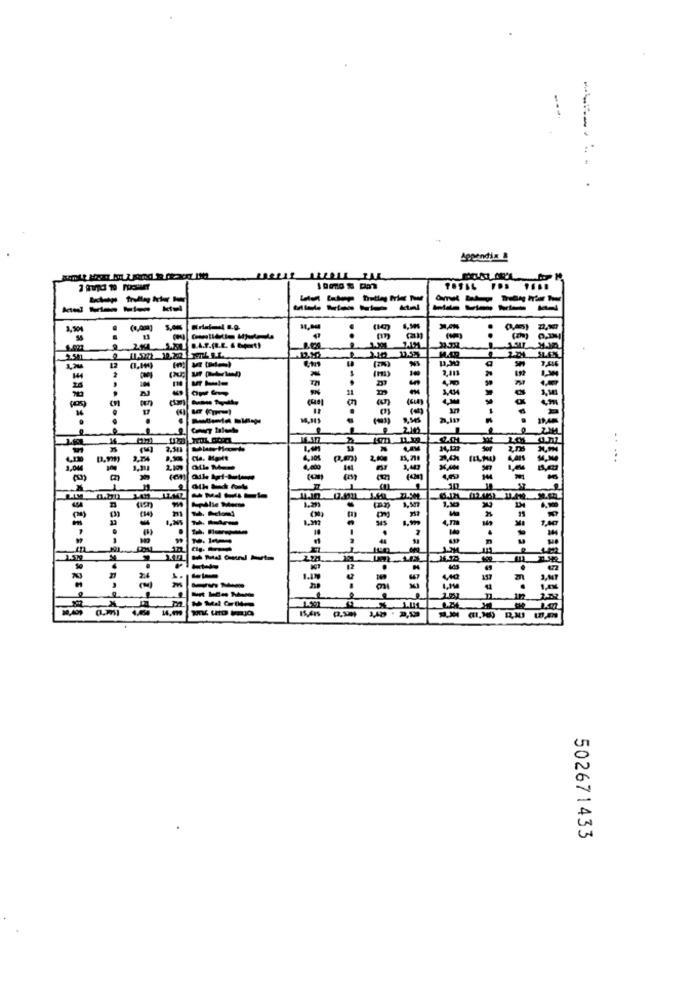
-----
Appendix
-----
----
-----
3,50
-
2 215. .. A.F.(.E. 6 Gmt)
12
2,413
100
-
ctam
..........
2.01
25
Cla. Monte
2.0
15,710
.. ...
210
.
1,30
12
MX M
no
502671433